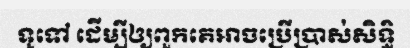
ទូទៅ ដើម្បីឲ្យពួកគេអាចប្រើប្រាស់សិទ្ធិ